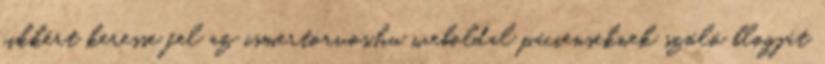
cikkért keresse fel az ismertorvos.hu weboldal pácienseknek szóló blogját